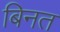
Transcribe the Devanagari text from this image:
बिनत